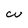
Character: W